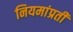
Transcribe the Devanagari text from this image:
नियमांप्रती